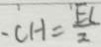
- C H = \frac { E L } { 2 }